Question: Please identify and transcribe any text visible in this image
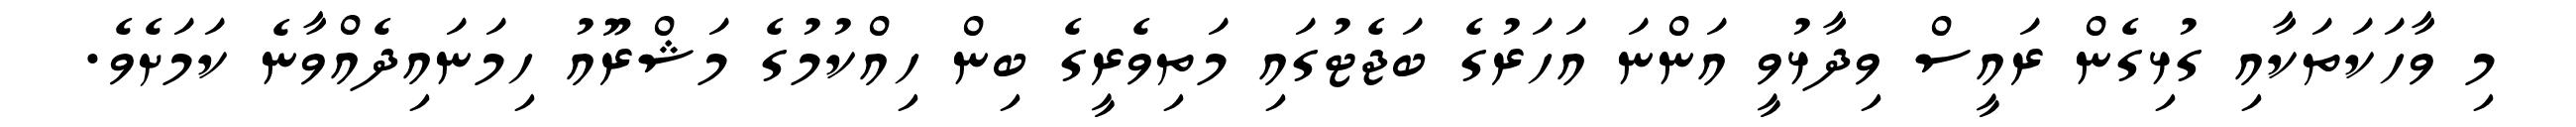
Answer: މި ވާހަކަތަކާއި ގުޅިގެން ރައީސް ވިދާޅުވީ އަންނަ އަހަރުގެ ބަޖެޓުގައި މަތިވެރީގެ ބިން ހިއްކުމުގެ މަޝްރޫއު ހިމަނައިދެއްވާނެ ކަމަށެވެ.